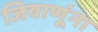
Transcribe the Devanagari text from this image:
जिवाणूंना